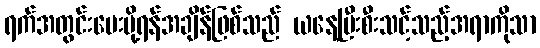
ရက်အတွင်းပေးပို့ရန်အချိန်ဖြစ်သည် ယနေ့ပြီးစီးသင့်သည့်အရာကိုသာ